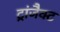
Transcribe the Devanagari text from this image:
ट्रांजैक्ट